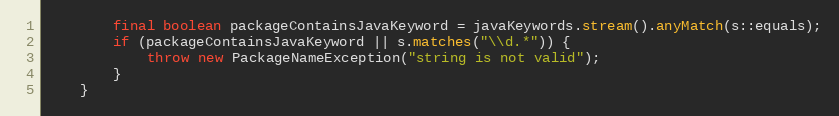
Language: Java
        final boolean packageContainsJavaKeyword = javaKeywords.stream().anyMatch(s::equals);
        if (packageContainsJavaKeyword || s.matches("\\d.*")) {
            throw new PackageNameException("string is not valid");
        }
    }